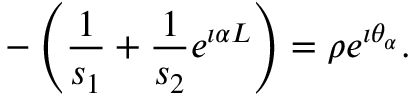
- \left( \frac { 1 } { s _ { 1 } } + \frac { 1 } { s _ { 2 } } e ^ { \i \alpha L } \right) = \rho e ^ { \i \theta _ { \alpha } } .